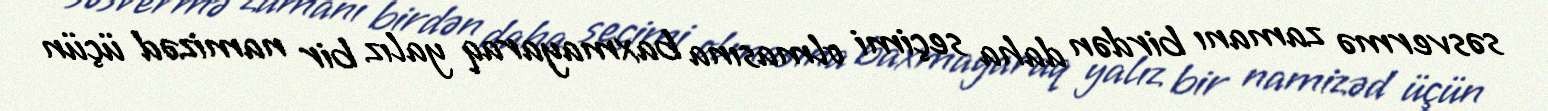
səsvermə zamanı birdən daha seçimi olmasına baxmayaraq yalız bir namizəd üçün